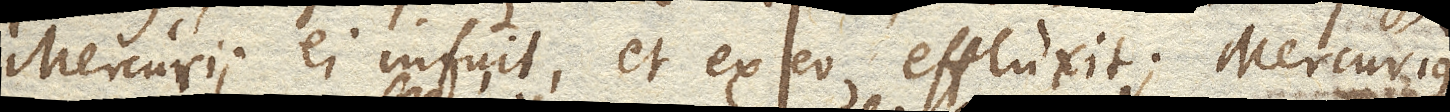
Mercurii ei infuit, et ex eo effluxit. Mercurius